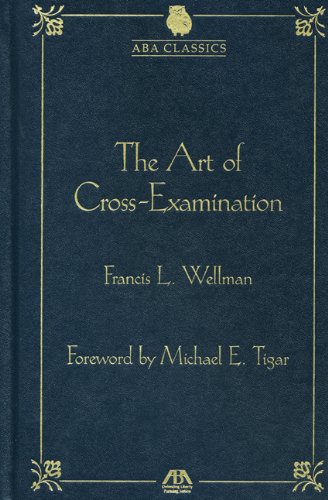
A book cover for The Art of Cross Examination by Francis L. Wellman (Aba Classics); Francis L. Wellman; Law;